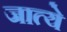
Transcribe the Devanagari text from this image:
जात्ये